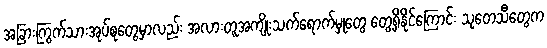
အခြားကြွက်သားအုပ်စုတွေမှာလည်း အလားတူအကျိုးသက်ရောက်မှုတွေ တွေ့ရှိနိုင်ကြောင်း သုတေသီတွေက